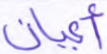
أعيان